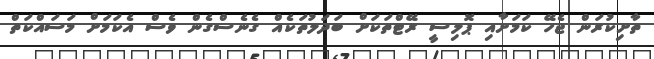
ތާށިކުރަން ޖެހޭ ކަމަށާއި ޕޮލިސީ ރޭޓްތަކަށް ބަދަލުތަކެއް ގެނެސްގެން ވެސް އެކަމަށް މަސައްކަތް